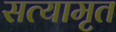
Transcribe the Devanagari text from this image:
सत्यामृत